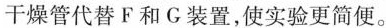
干燥管代替F和G装置，使实验更简便。